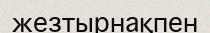
жезтырнақпен